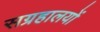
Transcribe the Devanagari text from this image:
सग्रहालयों